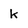
Character: k